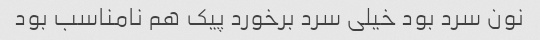
نون سرد بود خیلی سرد برخورد پیک هم نامناسب بود